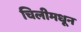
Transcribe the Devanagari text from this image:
चिलीमधून